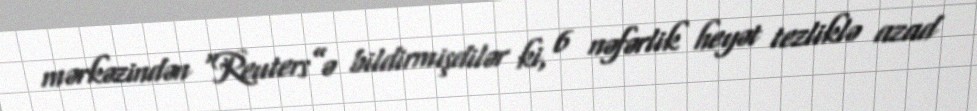
mərkəzindən “Reuters”ə bildirmişdilər ki, 6 nəfərlik heyət tezliklə azad